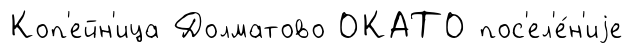
Коп'ейн'ица Долматово ОКАТО пос'ел'е́н'иjе